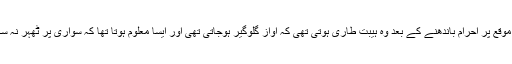
حج کے موقع پر احرام باندھنے کے بعد وہ ہیبت طاری ہوتی تھی کہ آواز گلوگیر ہوجاتی تھی اور ایسا معلوم ہوتا تھا کہ سواری پر ٹھہر نہ سکیں گے۔